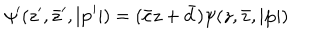
\psi ^ { \prime } ( z ^ { \prime } , \bar { z } ^ { \prime } , | { \bf p } ^ { \prime } | ) = ( \bar { c } z + \bar { d } ) \psi ( z , \bar { z } , | { \bf p } | )